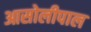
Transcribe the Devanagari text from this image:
आसोलीपाल